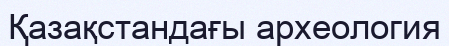
Қазақстандағы археология